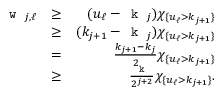
\begin{array} { r l r } { \texttt { w } _ { j , \ell } } & { \ge } & { ( u _ { \ell } - \texttt { k } _ { j } ) \chi _ { \{ u _ { \ell } > k _ { j + 1 } \} } } \\ & { \ge } & { ( k _ { j + 1 } - \texttt { k } _ { j } ) \chi _ { \{ u _ { \ell } > k _ { j + 1 } \} } } \\ & { = } & { \frac { k _ { j + 1 } - k _ { j } } { 2 } \chi _ { \{ u _ { \ell } > k _ { j + 1 } \} } } \\ & { \ge } & { \frac { \texttt { k } } { 2 ^ { j + 2 } } \chi _ { \{ u _ { \ell } > k _ { j + 1 } \} } . } \end{array}